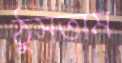
ঠুসতাম